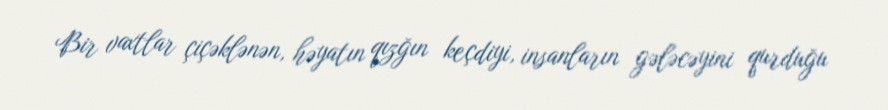
Bir vaxtlar çiçəklənən, həyatın qızğın keçdiyi, insanların gələcəyini qurduğu